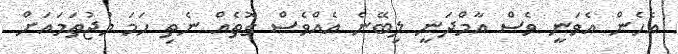
އެހެން އެވަނީ ވެސް އާމްދަނީ ލިބޭނެ އެއްވެސް ގޮތެއް ނެތި ހަމަ މުޖުތަމައަށް